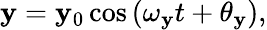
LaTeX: \mathbf{y}=\mathbf{y}_{0}\cos{(\omega_{\mathbf{y}}t+\theta_{\mathbf{y}})},